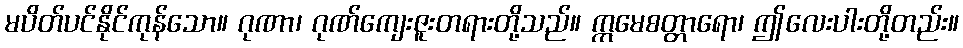
မပိတ်ပင်နိုင်ကုန်သော။ ဂုဏာ၊ ဂုဏ်ကျေးဇူးတရားတို့သည်။ ဣမေစတ္တာရော၊ ဤလေးပါးတို့တည်း။